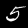
Label: 5